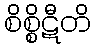
စိစ္စိဋီတိ